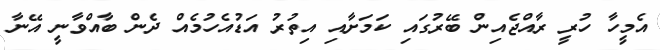
އެމީހާ ހުރީ ރާއްޖެއިން ބޭރުގައި ކަމަށާއި އިތުރު އަޑުއެހުމެއް ދެން ބާއްވާނީ އޭނާ